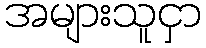
အများသူငှာ